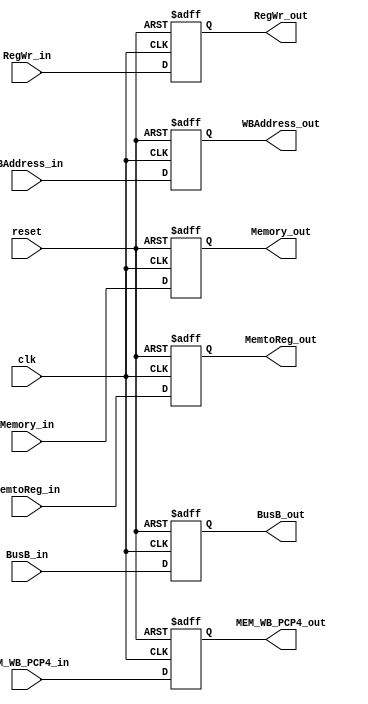
module MEMWB_Register
  (MEM_WB_PCP4_in,
MEM_WB_PCP4_out,
Memory_in,
  BusB_in,
  WBAddress_in,
  MemtoReg_in,
  RegWr_in,
  clk,
  reset,
  Memory_out,
  BusB_out,
  WBAddress_out,
  MemtoReg_out,
  RegWr_out
  );
  
  input [31:0]MEM_WB_PCP4_in;
  output reg [31:0]MEM_WB_PCP4_out;
  input [31:0]Memory_in;
  input [31:0]BusB_in;
  input [4:0]WBAddress_in;
  input [1:0]MemtoReg_in;
  input RegWr_in;
  
  input clk;
  input reset;
  
  output reg [31:0]Memory_out;
  output reg [31:0]BusB_out;
  output reg [4:0]WBAddress_out;
  output reg [1:0]MemtoReg_out;
  output reg RegWr_out;
  
  always@(posedge clk or negedge reset)
  begin
    if(!reset)
      begin
      MEM_WB_PCP4_out<=32'b0;
        Memory_out<=32'b0;
        BusB_out<=32'b0;
        WBAddress_out<=5'b0;
        MemtoReg_out<=2'b0;
        RegWr_out<=0;
      end
    else
      begin
      MEM_WB_PCP4_out<=MEM_WB_PCP4_in;
        Memory_out<=Memory_in;
        BusB_out<=BusB_in;
        WBAddress_out<=WBAddress_in;
        MemtoReg_out<=MemtoReg_in;
        RegWr_out<=RegWr_in;
      end
  end
endmodule